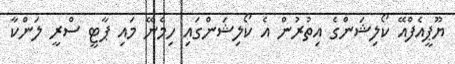
ޔޫޕީއެފްއޭ ކޯލިޝަންގެ އިތުރުން އެ ކޯލިޝަންގައި ހިމެނޭ މައި ޕާޓީ ސްރީ ލަންކާ